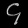
Digit: ၄